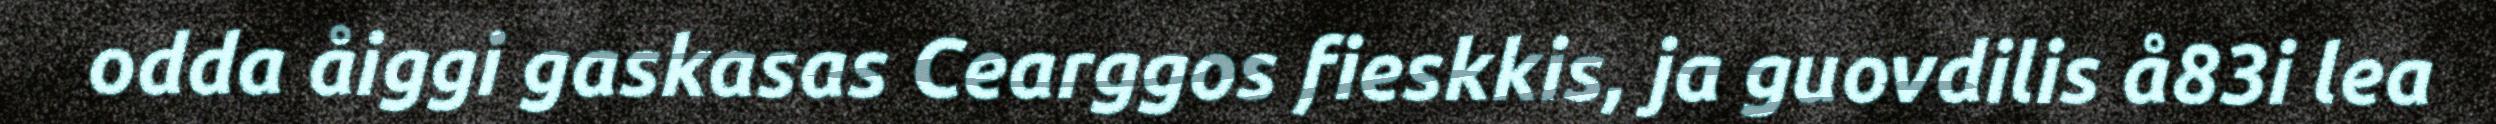
odda åiggi gaskasas Cearggos fieskkis, ja guovdilis å83i lea